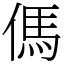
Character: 傌